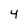
Character: 4